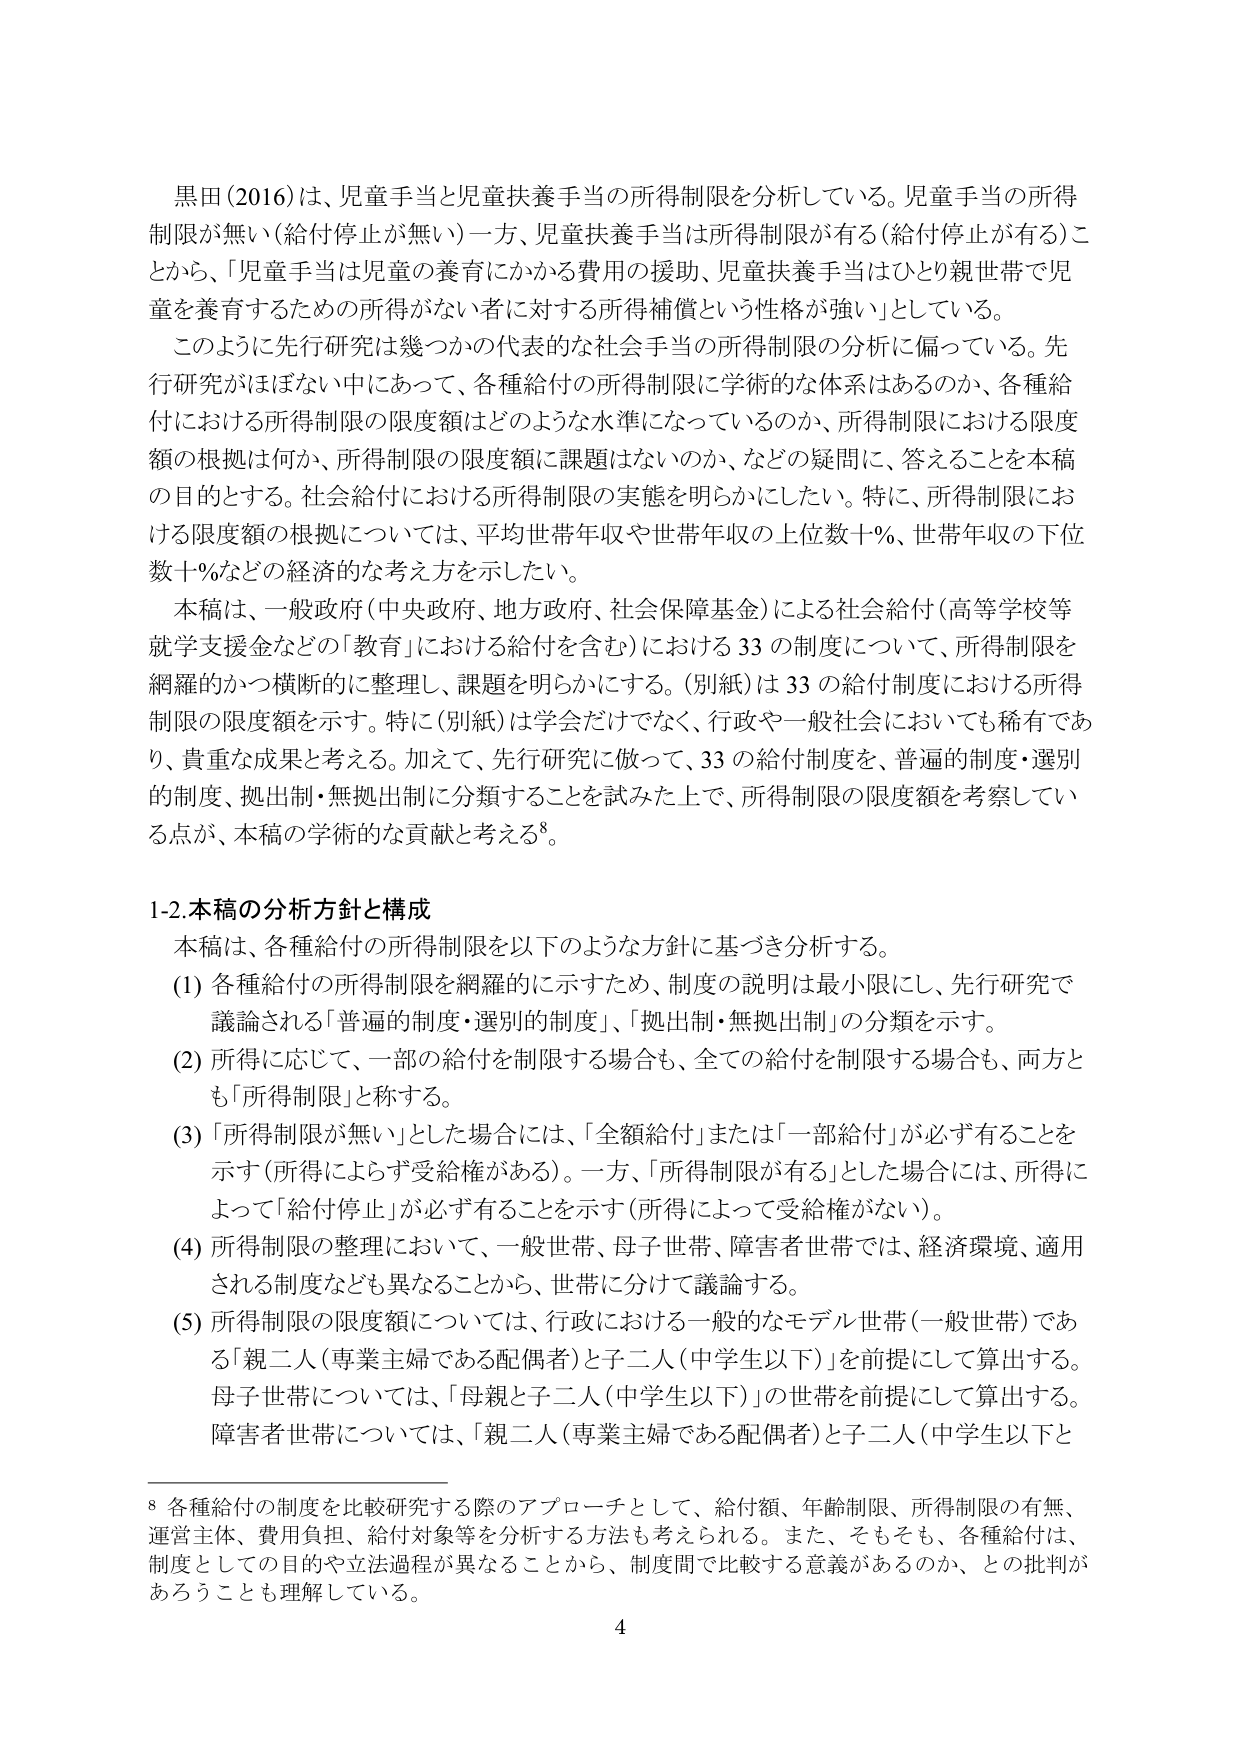
黒田（2016）は、児童手当と児童扶養手当の所得制限を分析している。児童手当の所得制限が無い（給付停止が無い）一方、児童扶養手当は所得制限が有る（給付停止が有る）ことから、「児童手当は児童の養育にかかる費用の援助、児童扶養手当はひとり親世帯で児童を養育するための所得がない者に対する所得補償という性格が強い」としている。

このように先行研究は幾つかの代表的な社会手当の所得制限の分析に偏っている。先行研究がほぼない中において、各種給付の所得制限に学術的な体系はあるのか、各種給付における所得制限の限度額はどのような水準になっているのか、所得制限における限度額の根拠は何か、所得制限の限度額に課題はないのか、などの疑問に、答えることを本稿の目的とする。社会給付における所得制限の実態を明らかにしたい。特に、所得制限における限度額の根拠については、平均世帯年収や世帯年収の上位数＋％、世帯年収の下位数＋％などの経済的な考え方を示したい。

本稿は、一般政府（中央政府、地方政府、社会保障基金）による社会給付（高等学校等就学支援金などの「教育」における給付を含む）における33の制度について、所得制限を網羅的かつ横断的に整理し、課題を明らかにする。（別紙）は33の給付制度における所得制限の限度額を示す。特に（別紙）は学会だけでなく、行政や一般社会においても稀有であり、貴重な成果と考える。加えて、先行研究に做って、33の給付制度を、普遍的制度・選別的制度、拠出制・無拠出制に分類することを試みた上で、所得制限の限度額を考察している点が、本稿の学術的な貢献と考える⁸。

1-2.本稿の分析方針と構成

本稿は、各種給付の所得制限を以下のような方針に基づき分析する。

(1) 各種給付の所得制限を網羅的に示すため、制度の説明は最小限にし、先行研究で議論される「普遍的制度・選別的制度」、「拠出制・無拠出制」の分類を示す。

(2) 所得に応じて、一部の給付を制限する場合も、全ての給付を制限する場合も、両方とも「所得制限」と称する。

(3) 「所得制限が無い」とした場合には、「全額給付」または「一部給付」が必ず有ることを示す（所得によらず受給権がある）。一方、「所得制限が有る」とした場合には、所得によって「給付停止」が必ず有ることを示す（所得によって受給権がない）。

(4) 所得制限の整理において、一般世帯、母子世帯、障害者世帯では、経済環境、適用される制度なども異なることから、世帯に分けて議論する。

(5) 所得制限の限度額については、行政における一般的なモデル世帯（一般世帯）である「親二人（専業主婦である配偶者）と子二人（中学生以下）」を前提にして算出する。母子世帯については、「母親と子二人（中学生以下）」の世帯を前提にして算出する。障害者世帯については、「親二人（専業主婦である配偶者）と子二人（中学生以下と

⁸ 各種給付の制度を比較研究する際のアプローチとして、給付額、年齢制限、所得制限の有無、運営主体、費用負担、給付対象等を分析する方法も考えられる。また、そもそも、各種給付は、制度としての目的や立法過程が異なることから、制度間で比較する意義があるのか、との批判があることも理解している。

4